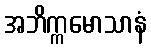
အဘိက္ကမောသာနံ